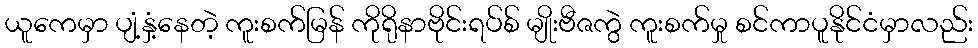
ယူကေမှာ ပျံ့နှံ့နေတဲ့ ကူးစက်မြန် ကိုရိုနာဗိုင်းရပ်စ် မျိုးဗီဇကွဲ ကူးစက်မှု စင်ကာပူနိုင်ငံမှာလည်း